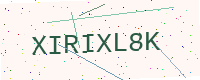
Text: XIRIXL8K